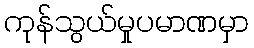
ကုန်သွယ်မှုပမာဏမှာ